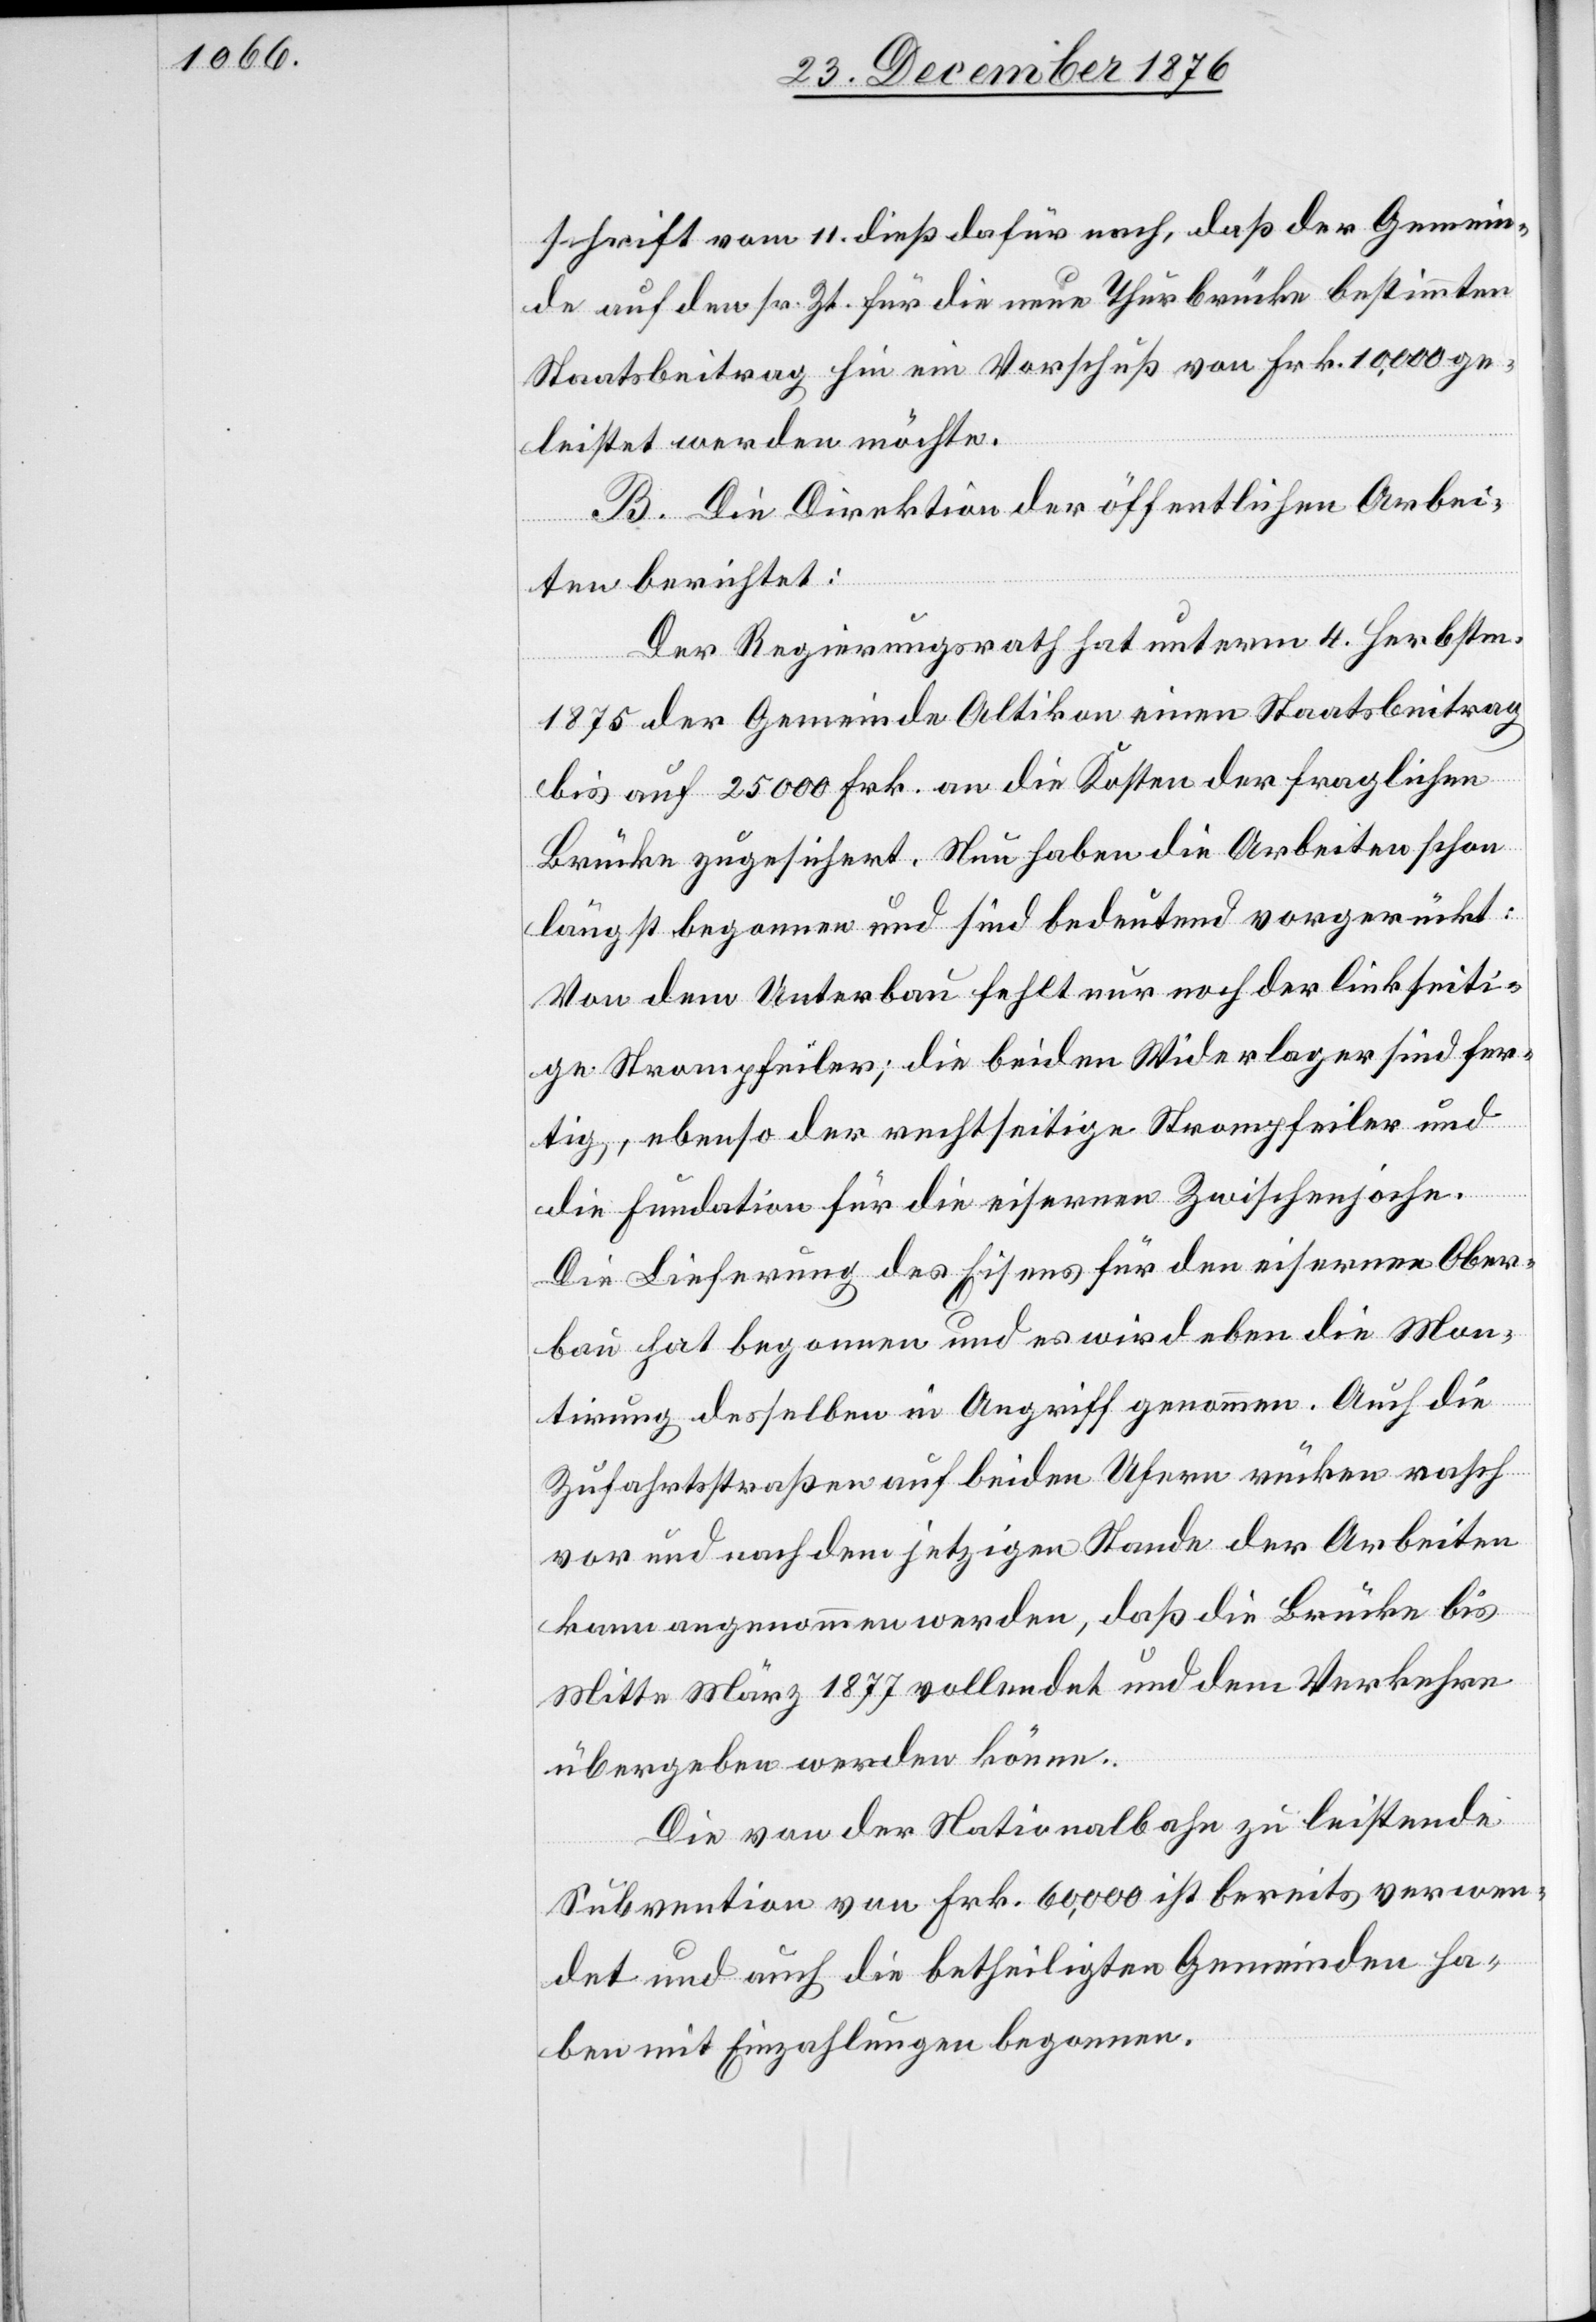
schrift vom 11. dieß dafür nach, daß der Gemein¬
de auf den sr. Zt. für die neue Thurbrücke bestimmten
Staatsbeitrag hin ein Vorschuß von Frk. 10,000 ge¬
leistet werden möchte.
B. Die Direktion der öffentlichen Arbei¬
ten berichtet:
Der Regierungsrath hat unterm 4. Herbstm.
1875 der Gemeinde Altikon einen Staatsbeitrag
bis auf 25000 Frk. an die Kosten der fraglichen
Brücke zugesichert. Neu haben die Arbeiten schon
längst begonnen und sind bedeutend vorgerückt:
Von dem Unterbau fehlt nur noch der linkseiti¬
ge Strompfeiler; die beiden Widerlager sind fer¬
tig, ebenso der rechtseitige Strompfeiler und
die Fundation für die eisernen Zwischenjoche.
Die Lieferung des Eisens für den eisernen Ober¬
bau hat begonnen und es wird eben die Mon¬
tirung desselben in Angriff genommen. Auch die
Zufahrtsstraßen auf beiden Ufern rücken rasch
vor und nach dem jetzigen Stande der Arbeiten
kann angenommen werden, daß die Brücke bis
Mitte März 1877 vollendet und dem Verkehre
übergeben werden könne.
Die von der Nationalbahn zu leistende
Subvention von Frk. 60,000 ist bereits verwen¬
det und auch die betheiligten Gemeinden ha¬
ben mit Einzahlungen begonnen.